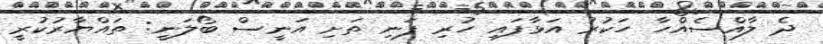
ދެ ލާއްސެއްހާ ހަކުރު އަޅާފައި ހުރި ފަނި ތަށި އަނީސް ބޯލަނީ: ތައްޔާރުކުރީ